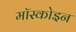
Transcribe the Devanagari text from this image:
मॉस्कोइन